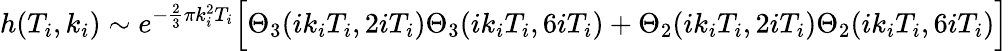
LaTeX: h(T_{i},k_{i})\sim e^{-\frac{2}{3}\pi k_{i}^{2}T_{i}}\Bigl[\Theta_{3}(ik_{i}T_{i},2iT_{i})\Theta_{3}(ik_{i}T_{i},6iT_{i})+\Theta_{2}(ik_{i}T_{i},2iT_{i})\Theta_{2}(ik_{i}T_{i},6iT_{i})\Bigr]